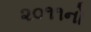
૨૦૧૧નો